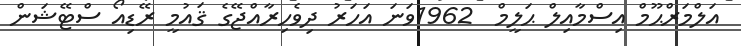
އަލްމަރްޙޫމް އިސްމާއިލް ޙަލީމް  1962ވަނަ އަހަރު ދިވެހިރާއްޖޭގެ ޤައުމީ ރޭޑިއޯ ސްޓޭޝަން